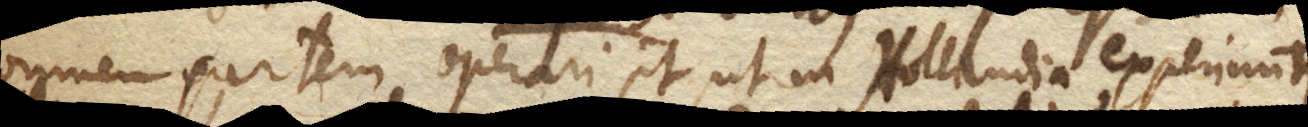
omnem partem operari potest, ut in Hollandia experiuntur